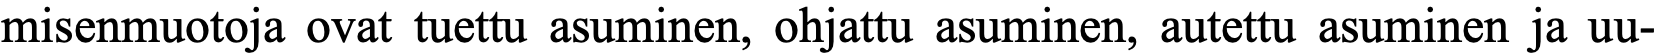
misenmuotoja ovat tuettu asuminen, ohjattu asuminen, autettu asuminen ja uu-